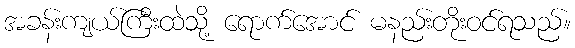
အခန်းကျယ်ကြီးထဲသို့ ရောက်အောင် မနည်းတိုးဝင်ရသည်။